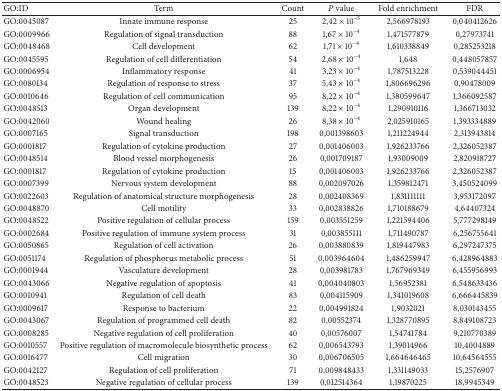
<table><thead><tr><td><b>GO:ID</b></td><td><b>Term</b></td><td><b>Count</b></td><td><b><i>P</i> value</b></td><td><b>Fold enrichment</b></td><td><b>FDR</b></td></tr></thead><tbody><tr><td>GO:0045087</td><td>Innate immune response</td><td>25</td><td>2,42 × 10<sup>−5</sup></td><td>2,566978193</td><td>0,040412626</td></tr><tr><td>GO:0009966</td><td>Regulation of signal transduction</td><td>88</td><td>1,67 × 10<sup>−4</sup></td><td>1,471577879</td><td>0,27973741</td></tr><tr><td>GO:0048468</td><td>Cell development</td><td>62</td><td>1,71 × 10<sup>−4</sup></td><td>1,610338849</td><td>0,285253218</td></tr><tr><td>GO:0045595</td><td>Regulation of cell differentiation</td><td>54</td><td>2,68 × 10<sup>−4</sup></td><td>1,648</td><td>0,448057857</td></tr><tr><td>GO:0006954</td><td>Inflammatory response</td><td>41</td><td>3,23 × 10<sup>−4</sup></td><td>1,787513228</td><td>0,539044451</td></tr><tr><td>GO:0080134</td><td>Regulation of response to stress</td><td>37</td><td>5,43 × 10<sup>−4</sup></td><td>1,806696296</td><td>0,90478009</td></tr><tr><td>GO:0010646</td><td>Regulation of cell communication</td><td>95</td><td>8,22 × 10<sup>−4</sup></td><td>1,380599647</td><td>1,366092587</td></tr><tr><td>GO:0048513</td><td>Organ development</td><td>139</td><td>8,22 × 10<sup>−4</sup></td><td>1,290910116</td><td>1,366713032</td></tr><tr><td>GO:0042060</td><td>Wound healing</td><td>26</td><td>8,38 × 10<sup>−4</sup></td><td>2,025910165</td><td>1,393334889</td></tr><tr><td>GO:0007165</td><td>Signal transduction</td><td>198</td><td>0,001398603</td><td>1,211224944</td><td>2,313943814</td></tr><tr><td>GO:0001817</td><td>Regulation of cytokine production</td><td>27</td><td>0,001406003</td><td>1,926233766</td><td>2,326052387</td></tr><tr><td>GO:0048514</td><td>Blood vessel morphogenesis</td><td>26</td><td>0,001709187</td><td>1,93009009</td><td>2,820918727</td></tr><tr><td>GO:0001817</td><td>Regulation of cytokine production</td><td>15</td><td>0,001406003</td><td>1,926233766</td><td>2,326052387</td></tr><tr><td>GO:0007399</td><td>Nervous system development</td><td>88</td><td>0,002097026</td><td>1,359812471</td><td>3,450524099</td></tr><tr><td>GO:0022603</td><td>Regulation of anatomical structure morphogenesis</td><td>28</td><td>0,002408369</td><td>1,831111111</td><td>3,953172097</td></tr><tr><td>GO:0048870</td><td>Cell motility</td><td>33</td><td>0,002838826</td><td>1,710188679</td><td>4,64407324</td></tr><tr><td>GO:0048522</td><td>Positive regulation of cellular process</td><td>159</td><td>0,003551259</td><td>1,221594406</td><td>5,777298149</td></tr><tr><td>GO:0002684</td><td>Positive regulation of immune system process</td><td>31</td><td>0,003855111</td><td>1,711490787</td><td>6,256755641</td></tr><tr><td>GO:0050865</td><td>Regulation of cell activation</td><td>26</td><td>0,003880839</td><td>1,819447983</td><td>6,297247375</td></tr><tr><td>GO:0051174</td><td>Regulation of phosphorus metabolic process</td><td>51</td><td>0,003964604</td><td>1,486259947</td><td>6,428964883</td></tr><tr><td>GO:0001944</td><td>Vasculature development</td><td>28</td><td>0,003981783</td><td>1,767969349</td><td>6,455956993</td></tr><tr><td>GO:0043066</td><td>Negative regulation of apoptosis</td><td>41</td><td>0,004040803</td><td>1,56952381</td><td>6,548633436</td></tr><tr><td>GO:0010941</td><td>Regulation of cell death</td><td>83</td><td>0,004115909</td><td>1,341019608</td><td>6,666445839</td></tr><tr><td>GO:0009617</td><td>Response to bacterium</td><td>22</td><td>0,004991824</td><td>1,9032021</td><td>8,030143455</td></tr><tr><td>GO:0043067</td><td>Regulation of programmed cell death</td><td>82</td><td>0,00552374</td><td>1,328770895</td><td>8,849108723</td></tr><tr><td>GO:0008285</td><td>Negative regulation of cell proliferation</td><td>40</td><td>0,00576007</td><td>1,54741784</td><td>9,210770389</td></tr><tr><td>GO:0010557</td><td>Positive regulation of macromolecule biosynthetic process</td><td>62</td><td>0,006543793</td><td>1,39014966</td><td>10,4004889</td></tr><tr><td>GO:0016477</td><td>Cell migration</td><td>30</td><td>0,006706505</td><td>1,664646465</td><td>10,64564555</td></tr><tr><td>GO:0042127</td><td>Regulation of cell proliferation</td><td>71</td><td>0,009848433</td><td>1,331149033</td><td>15,2576907</td></tr><tr><td>GO:0048523</td><td>Negative regulation of cellular process</td><td>139</td><td>0,012514364</td><td>1,19870225</td><td>18,9945349</td></tr></tbody></table>